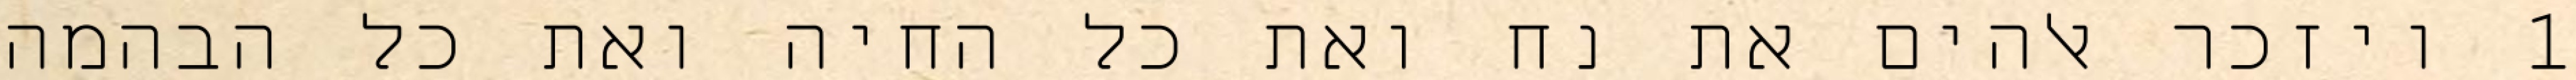
1 ויזכר אלהים את נח ואת כל החיה ואת כל הבהמה